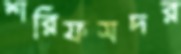
শরিফসদর